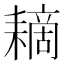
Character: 䎮